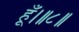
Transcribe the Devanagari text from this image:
हूँ।॥८॥